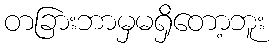
တခြားဘာမှမရှိတော့ဘူး